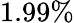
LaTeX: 1.99\%